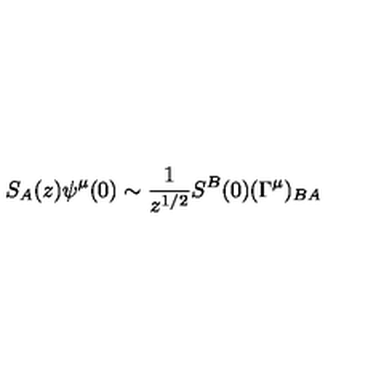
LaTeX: S _ { A } ( z ) \psi ^ { \mu } ( 0 ) \sim { \frac { 1 } { z ^ { 1 / 2 } } } S ^ { B } ( 0 ) ( \Gamma ^ { \mu } ) _ { B A }